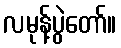
လမုန့်ပွဲတော်။